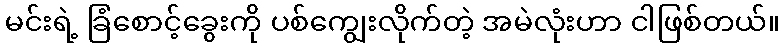
မင်းရဲ့ ခြံစောင့်ခွေးကို ပစ်ကျွေးလိုက်တဲ့ အမဲလုံးဟာ ငါဖြစ်တယ်။